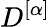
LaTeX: D^{[\alpha]}